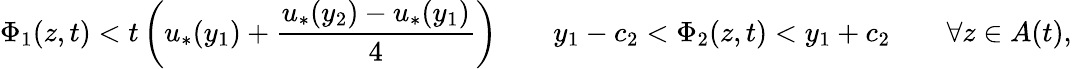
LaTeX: \Phi_{1}(z,t)<t\left(u_{*}(y_{1})+\frac{u_{*}(y_{2})-u_{*}(y_{1})}{4}\right)\qquad y_{1}-c_{2}<\Phi_{2}(z,t)<y_{1}+c_{2}\qquad\forall z\in A(t),